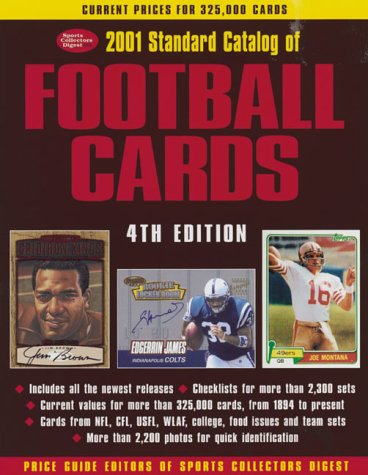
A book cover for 2001 Standard Catalog of Football Cards (Standard Catalog of Football Cards, 2001); Crafts, Hobbies & Home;